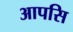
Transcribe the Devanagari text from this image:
आपसि